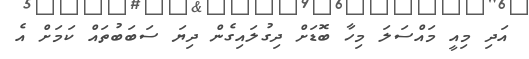
އަދި މިއީ މައްސަލަ މިހާ ބޮޑަށް ދިގުލައިގެން ދިޔަ ސަބަބުތައް ކަމަށް އެ